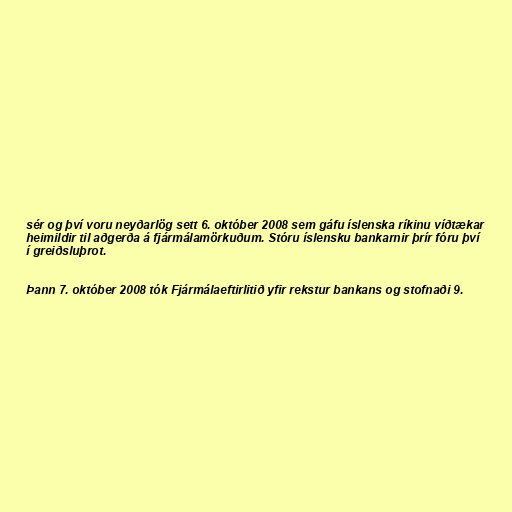
sér og því voru neyðarlög sett 6. október 2008 sem gáfu íslenska ríkinu víðtækar
heimildir til aðgerða á fjármálamörkuðum. Stóru íslensku bankarnir þrír fóru því
í greiðsluþrot.

Þann 7. október 2008 tók Fjármálaeftirlitið yfir rekstur bankans og stofnaði 9.